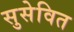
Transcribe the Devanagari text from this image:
सुसेवित